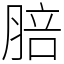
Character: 䏽